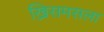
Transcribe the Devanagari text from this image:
ख्रिसमसला